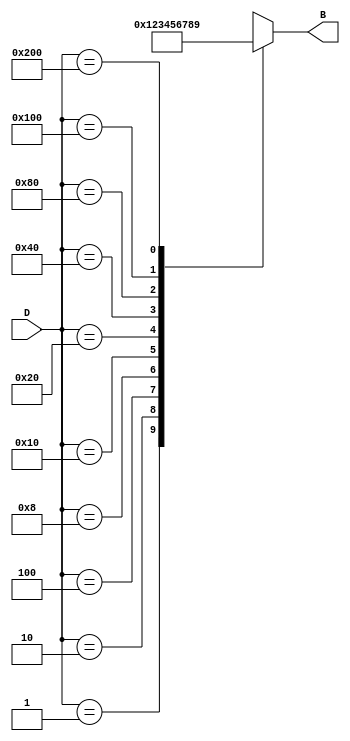
module DecimalToBinaryEncoder (
    input wire [9:0] D,  // 10-bit input representing D0 to D9
    output reg [3:0] B   // 4-bit output representing binary equivalent
);

always @(*) begin
    case (D)
        10'b0000000001: B = 4'b0000; // D0
        10'b0000000010: B = 4'b0001; // D1
        10'b0000000100: B = 4'b0010; // D2
        10'b0000001000: B = 4'b0011; // D3
        10'b0000010000: B = 4'b0100; // D4
        10'b0000100000: B = 4'b0101; // D5
        10'b0001000000: B = 4'b0110; // D6
        10'b0010000000: B = 4'b0111; // D7
        10'b0100000000: B = 4'b1000; // D8
        10'b1000000000: B = 4'b1001; // D9
        default:         B = 4'bXXXX; // Invalid case (all low or multiple high)
    endcase
end

endmodule